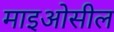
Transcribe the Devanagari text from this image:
माइओसील